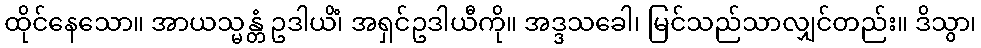
ထိုင်နေသော။ အာယသ္မန္တံ ဥဒါယိံ၊ အရှင်ဥဒါယီကို။ အဒ္ဒသခေါ၊ မြင်သည်သာလျှင်တည်း။ ဒိသွာ၊